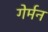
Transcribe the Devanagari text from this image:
गेर्मन